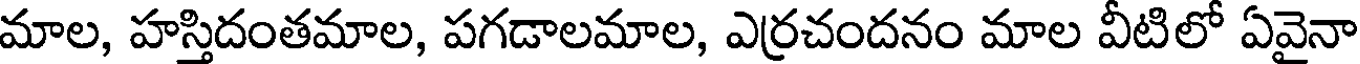
మాల, హస్తిదంతమాల, పగడాలమాల, ఎర్రచందనం మాల వీటిలో ఏవైనా